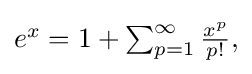
{\textstyle e^{x}=1+\sum _{p=1}^{\infty }{\frac {x^{p}}{p!}},}